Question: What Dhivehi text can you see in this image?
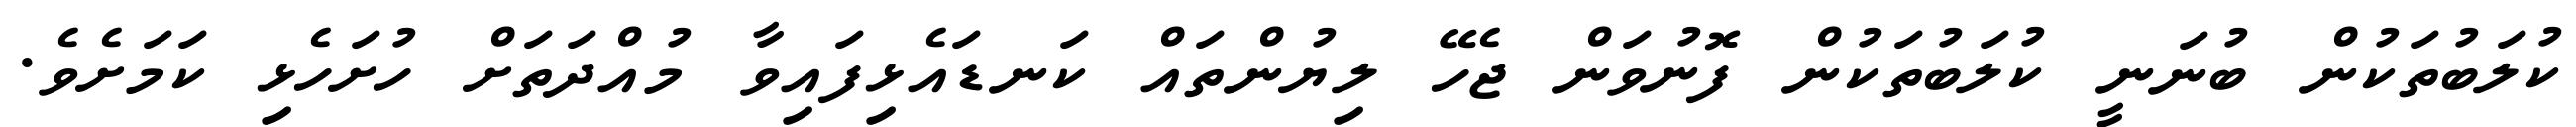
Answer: ކުލަބުތަކުން ބުނަނީ ކުލަބުތަކުން ފޮނުވަން ޖެހޭ ލިޔުންތައް ކަނޑައެޅިފައިވާ މުއްދަތަށް ހުށަހެޅި ކަމަށެވެ.